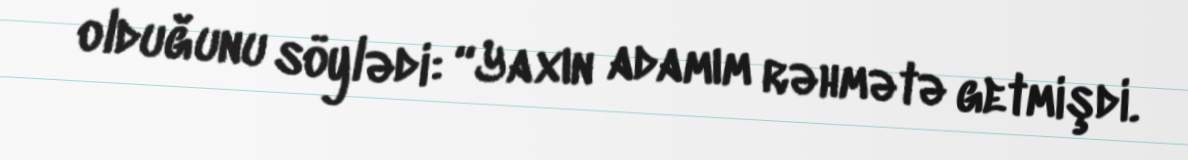
olduğunu söylədi: “Yaxın adamım rəhmətə getmişdi.